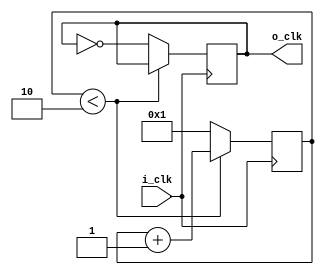
`timescale 1ns / 1ps

module clk_divider(
    input  i_clk,
    output o_clk
    );
    
   parameter P_DIV_FACTOR = 4;

   reg [27:0] clk_counter = 1;
   reg        tmp_clk = 0;

	// Convert 100 MHz input clock to 25MHz clock for display 
	always @(posedge i_clk)
	begin
      if (clk_counter < (P_DIV_FACTOR/2)) begin
			clk_counter <= clk_counter+{26'b0, 1'b1};
		end else begin 
			clk_counter <= 1;
			tmp_clk     <= ~tmp_clk;
		end
	end
   
   assign o_clk = tmp_clk;

endmodule